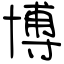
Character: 博